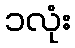
၁လုံး